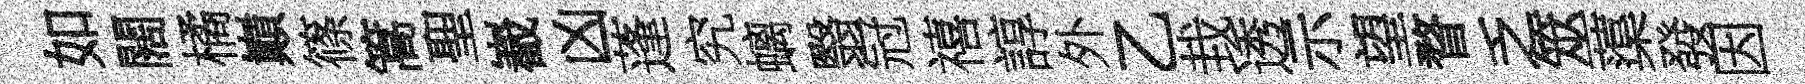
如闊橘巔篠篙聖嶻凶蓬究螭翳冠禧諄外乙㘽透示望瞀乏筮蕖發因